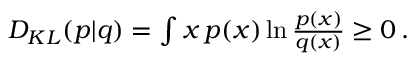
\begin{array} { r } { D _ { K L } ( p | q ) = \int \d x \, p ( x ) \ln \frac { p ( x ) } { q ( x ) } \geq 0 \, . } \end{array}